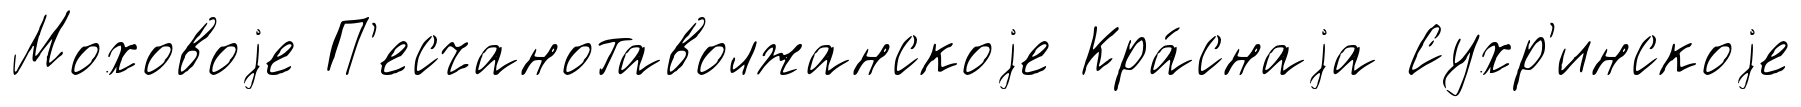
Моховоjе П'есчанотаволжанскоjе Кра́снаjа Сухр'инскоjе